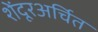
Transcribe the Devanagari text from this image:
शेंदूरअर्चित